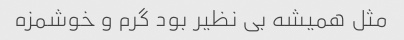
مثل همیشه بی نظیر بود گرم و خوشمزه